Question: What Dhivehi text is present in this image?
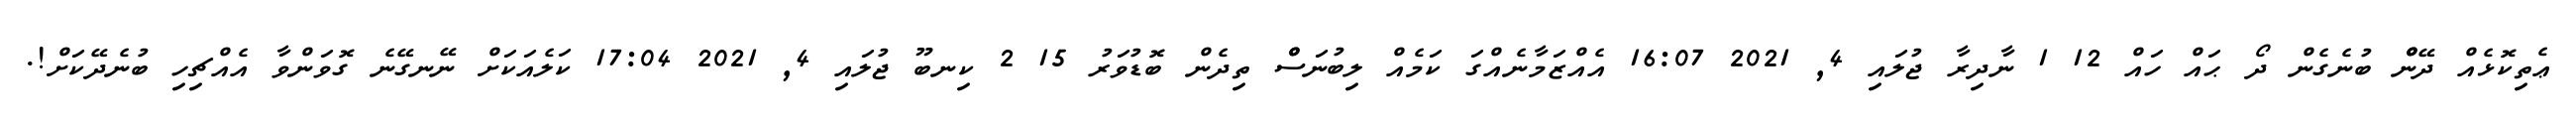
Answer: ޢެތިކޮޅެއް ދޭންް ބުނެގެން ދޯ ޙައް ހައް 12 1 ނާދިރާ ޖުލައި 4, 2021 16:07 އެއްޒަމާނެއްގަ ކަމެއް ލިބުނަސްް ތިދެން ބޮޑުވަރު 15 2 ކިނބޫ ޖުލައި 4, 2021 17:04 ކަލެއަކަށް ނޭނގޭނެ ގޮވަންވާ އެއްޗިހި ބުނެދޭކަށް!.